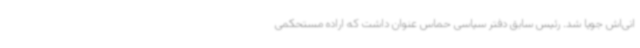
انی‌اش جویا شد. رئیس سابق دفتر سیاسی حماس عنوان داشت که اراده مستحکمی